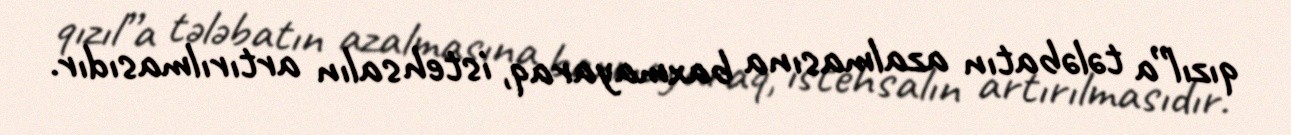
qızıl”a tələbatın azalmasına baxmayaraq, istehsalın artırılmasıdır.